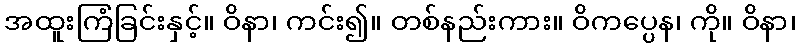
အထူးကြံခြင်းနှင့်။ ဝိနာ၊ ကင်း၍။ တစ်နည်းကား။ ဝိကပ္ပေန၊ ကို။ ဝိနာ၊